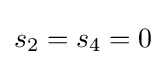
s_{2}=s_{4}=0